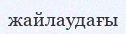
жайлаудағы